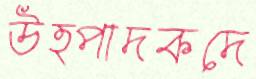
উত্পাদকদে